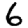
Digit: 6